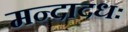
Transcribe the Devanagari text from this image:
मन्दादधः